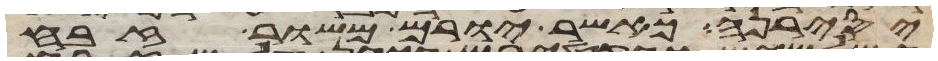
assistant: יסירנה כאשר יורם משור זבח